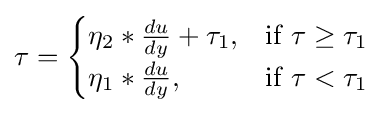
\tau ={\begin{cases}\eta _{2}*{du \over dy}+\tau _{1},&{\text{if }}\tau \geq \tau _{1}\\\eta _{1}*{du \over dy},&{\text{if }}\tau <\tau _{1}\end{cases}}